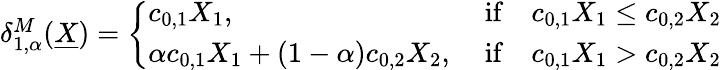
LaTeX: \begin{array}{r}{\delta_{1,\alpha}^{M}(\underline{{X}})=\left\{ \begin{array}{ll}{c_{0,1}X_{1},}&{\mathrm{~if}\quad c_{0,1}X_{1}\leq c_{0,2}X_{2}}\\ {\alpha c_{0,1}X_{1}+(1-\alpha)c_{0,2}X_{2},}&{\mathrm{~if}\quad c_{0,1}X_{1}>c_{0,2}X_{2}}\end{array}\right.}\end{array}